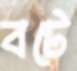
বটে